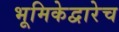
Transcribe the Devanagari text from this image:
भूमिकेद्वारेच